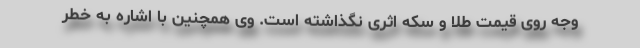
وجه روی قیمت طلا و سکه اثری نگذاشته است. وی همچنین با اشاره به خطر